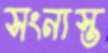
সংন্যস্ত